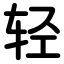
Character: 轻